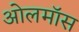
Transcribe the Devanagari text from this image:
ओलमॉस